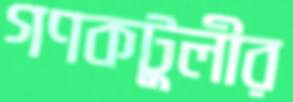
গণকটুলীর